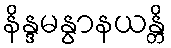
နိန္ဒမနွာနယန္တိ